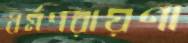
ধর্মপরায়ণা